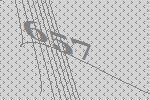
657